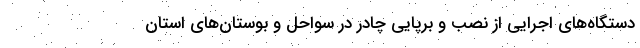
دستگاه‌های اجرایی از نصب و برپایی چادر در سواحل و بوستان‌های استان